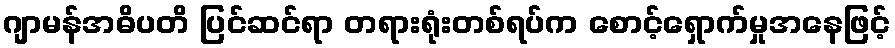
ဂျာမန်အဓိပတိ ပြင်ဆင်ရာ တရားရုံးတစ်ရပ်က စောင့်ရှောက်မှုအနေဖြင့်